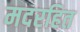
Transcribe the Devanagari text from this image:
मदरहित